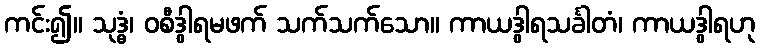
ကင်း၍။ သုဒ္ဓံ၊ ဝစီဒွါရမဖက် သက်သက်သော။ ကာယဒွါရသင်္ခါတံ၊ ကာယဒွါရဟု